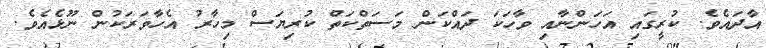
އާދައެވެ. ކުރީގައި އަހަންނާއި ވާހަކަ ދައްކަން މަސަތްކަތް ކުރިޔަސް މިހާރު އެހާވަރަކުން ނޫޅެއެވެ.